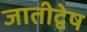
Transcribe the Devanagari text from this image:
जातीद्वेष